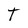
Character: T